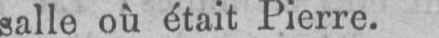
salle où était Pierre.